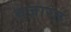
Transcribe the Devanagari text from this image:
वज़ारत